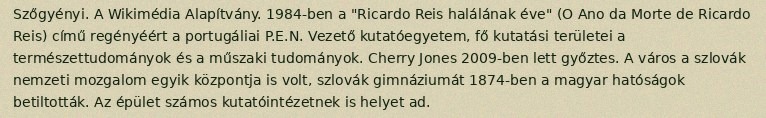
Szőgyényi. A Wikimédia Alapítvány. 1984-ben a "Ricardo Reis halálának éve" (O Ano da Morte de Ricardo Reis) című regényéért a portugáliai P.E.N. Vezető kutatóegyetem, fő kutatási területei a természettudományok és a műszaki tudományok. Cherry Jones 2009-ben lett győztes. A város a szlovák nemzeti mozgalom egyik központja is volt, szlovák gimnáziumát 1874-ben a magyar hatóságok betiltották. Az épület számos kutatóintézetnek is helyet ad.